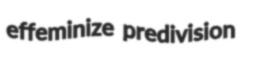
effeminize predivision